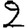
Digit: 2